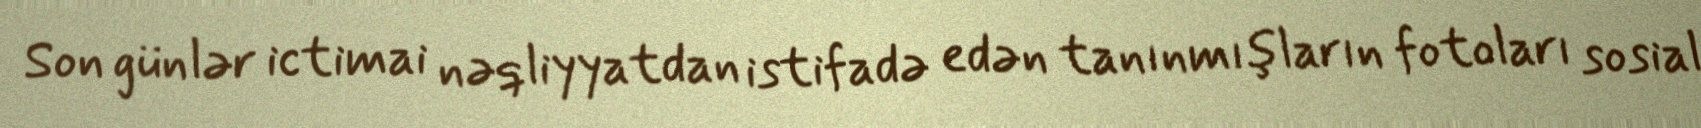
Son günlər ictimai nəqliyyatdan istifadə edən tanınmışların fotoları sosial